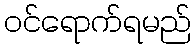
ဝင်ရောက်ရမည်